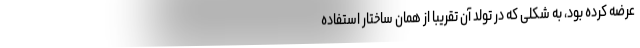
عرضه کرده بود، به شکلی که در تولد آن تقریباً از همان ساختار استفاده